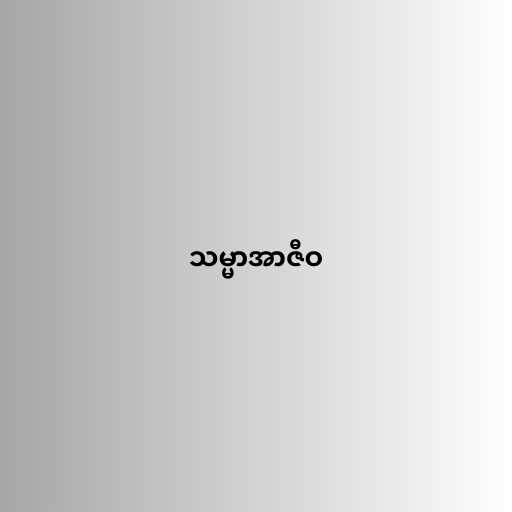
သမ္မာအာဇီဝ